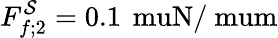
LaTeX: F_{f;2}^{\mathcal{S}}=0.1\, \mathrm{{\ muN/\ mum}}